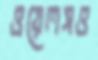
ওয়েলসও